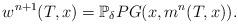
LaTeX: \begin{align*}w^{n+1}(T,x)=\mathbb{P}_{\delta} PG(x,m^{n}(T,x)).\end{align*}